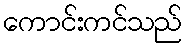
ကောင်းကင်သည်